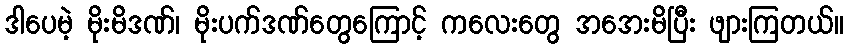
ဒါပေမဲ့ မိုးမိဒဏ်၊ မိုးပက်ဒဏ်တွေကြောင့် ကလေးတွေ အအေးမိပြီး ဖျားကြတယ်။